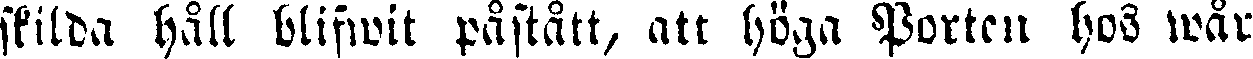
skilda håll blifwit påstått, att höga Porten hos wår